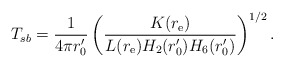
\begin{align*}T_{sb} = {1 \over 4\pi r_0'} \left( {K(r_{\rm e}) \over L(r_{\rm e})H_2(r_0') H_6(r_0')} \right)^{1/2} .\end{align*}